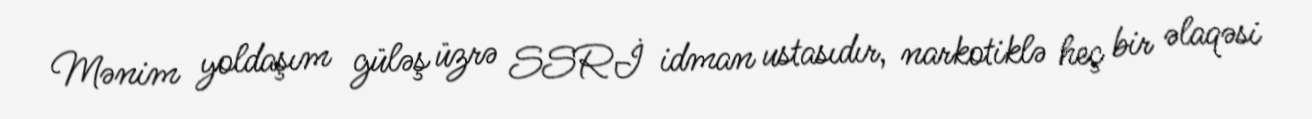
Mənim yoldaşım güləş üzrə SSRİ idman ustasıdır, narkotiklə heç bir əlaqəsi